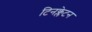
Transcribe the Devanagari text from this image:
टिनक्लेटन